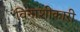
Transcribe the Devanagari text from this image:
विनाशीकारी